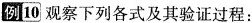
例10 观察下列各式及其验证过程：